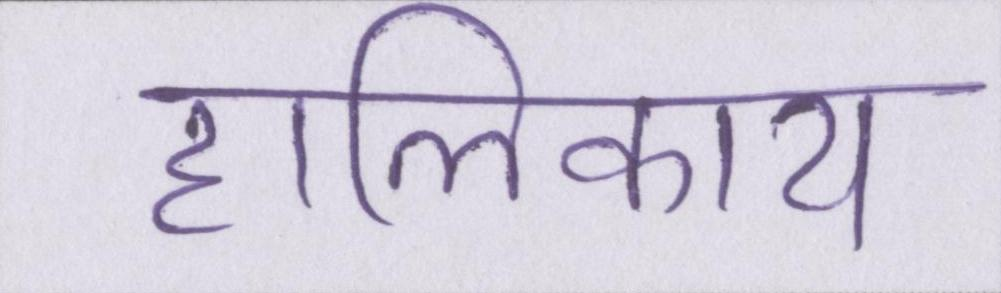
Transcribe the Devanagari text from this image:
हालिकाय